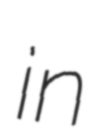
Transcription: in